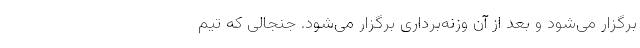
برگزار می‌شود و بعد از آن وزنه‌برداری برگزار می‌شود. جنجالی که تیم